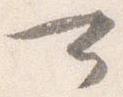
可